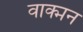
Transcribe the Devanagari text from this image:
वाक्मन